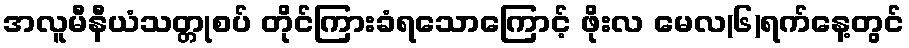
အလူမီနီယံသတ္တုစပ် တိုင်ကြားခံရသောကြောင့် ဖိုးလ မေလ(၆)ရက်နေ့တွင်